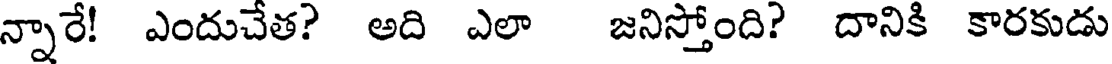
న్నారే! ఎందుచేత? అది ఎలా జనిస్తోంది? దానికి కారకుడు